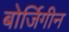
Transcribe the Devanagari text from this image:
बोर्जिगीन